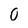
Character: O